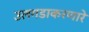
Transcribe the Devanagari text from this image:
उलगडाकरणारे